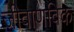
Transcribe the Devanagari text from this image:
जीवाणविक